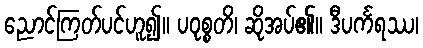
ညောင်ကြတ်ပင်ဟူ၍။ ပဝုစ္စတိ၊ ဆိုအပ်၏။ ဒီပင်္ကရဿ၊